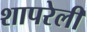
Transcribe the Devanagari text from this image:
शापरेली